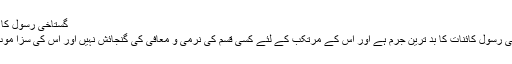
گستاخی رسول کا الزام :
گستاخی رسول کائنات کا بد ترین جرم ہے اور اس کے مرتکب کے لئے کسی قسم کی نرمی و معافی کی گنجائش نہیں اور اس کی سزا موت ہے۔